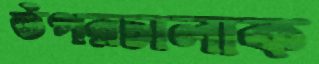
উপরচালাক